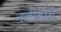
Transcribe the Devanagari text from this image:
नजीबाचे